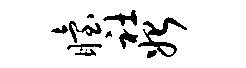
眙社始